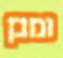
ומבן